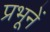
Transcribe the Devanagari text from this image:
प्रभूनें